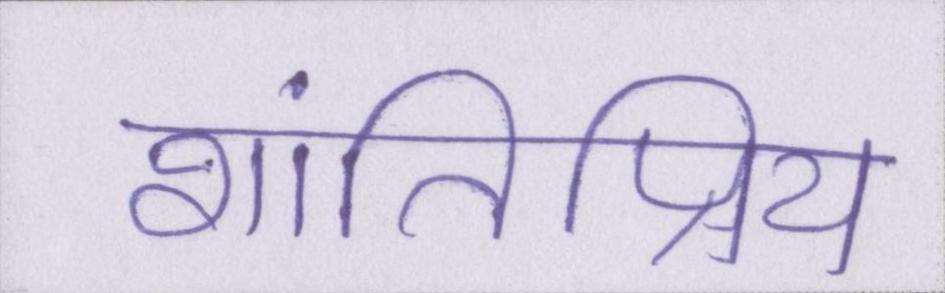
शांतिप्रिय